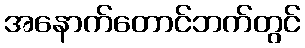
အနောက်တောင်ဘက်တွင်